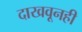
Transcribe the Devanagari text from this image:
दाखवूनही